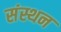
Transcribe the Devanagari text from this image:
संस्थन